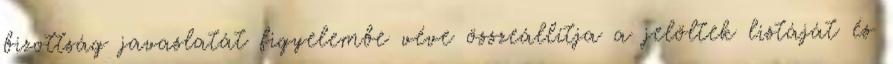
bizottság javaslatát figyelembe véve összeállítja a jelöltek listáját és